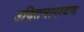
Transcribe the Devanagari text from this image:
उदितनारायण